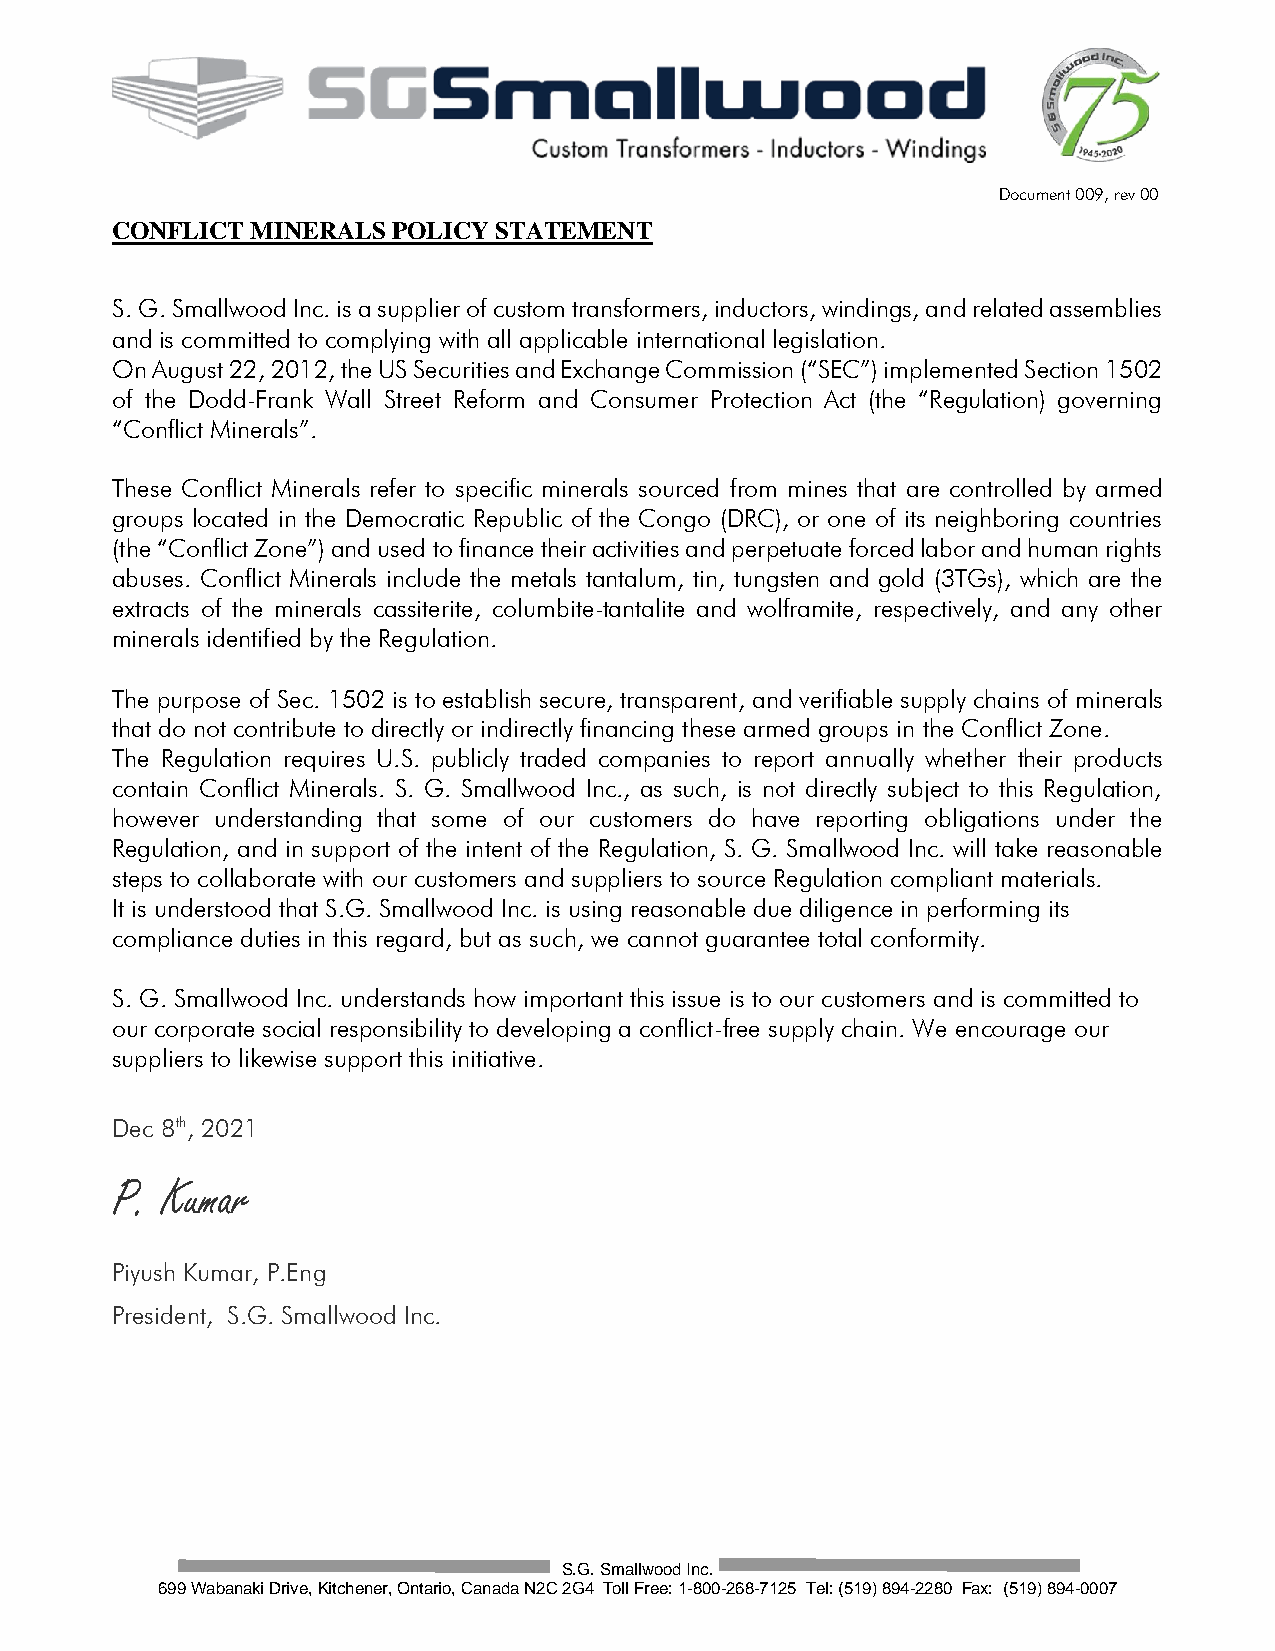
Document 009, rev 00
 CONFLICT  MINERALS POLICY STATEMENT
 S. G. Smallwood Inc. is a supplier of custom transformers, inductors, windings, and related assemblies
 and is committed to complying with all applicable international legislation.
 On August 22, 2012, the US Securities and Exchange Commission (“SEC”) implemented Section 1502
 of the Dodd-Frank Wall Street Reform and Consumer Protection Act (the “Regulation) governing
 “Conflict Minerals”.
 These Conflict Minerals refer to specific minerals sourced from mines that are controlled by armed
 groups located in the Democratic Republic of the Congo (DRC), or one of its neighboring countries
 (the “Conflict Zone”) and used to finance their activities and perpetuate forced labor and human rights
 abuses. Conflict Minerals include the metals tantalum, tin, tungsten and gold (3TGs), which are the
 extracts of the minerals cassiterite, columbite-tantalite and wolframite, respectively, and any other
 minerals identified by the Regulation.
 The purpose of Sec. 1502 is to establish secure, transparent, and verifiable supply chains of minerals
 that do not contribute to directly or indirectly financing these armed groups in the Conflict Zone.
 The Regulation requires U.S. publicly traded companies to report annually whether their products
 contain Conflict Minerals. S. G. Smallwood Inc., as such, is not directly subject to this Regulation,
 however understanding that some of our customers do have reporting obligations under the
 Regulation, and in support of the intent of the Regulation, S. G. Smallwood Inc. will take reasonable
 steps to collaborate with our customers and suppliers to source Regulation compliant materials.
 It is understood that S.G. Smallwood Inc. is using reasonable due diligence in performing its
 compliance duties in this regard, but as such, we cannot guarantee total conformity.
 S. G. Smallwood Inc. understands how important this issue is to our customers and is committed to
 our corporate social responsibility to developing a conflict-free supply chain. We encourage our
 suppliers to likewise support this initiative.
 Dec 8th, 2021
 P.  Kumar
 Piyush Kumar, P.Eng
 President, S.G. Smallwood Inc.
 S.G. Smallwood Inc.
 699 Wabanaki Drive, Kitchener, Ontario, Canada N2C 2G4 Toll Free: 1-800-268-7125 Tel: (519) 894-2280 Fax: (519) 894-0007